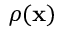
\rho ( \mathbf { x } )